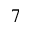
7